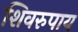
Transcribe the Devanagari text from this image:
शिवरुपाय